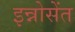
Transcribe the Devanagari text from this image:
इन्नोसेंत